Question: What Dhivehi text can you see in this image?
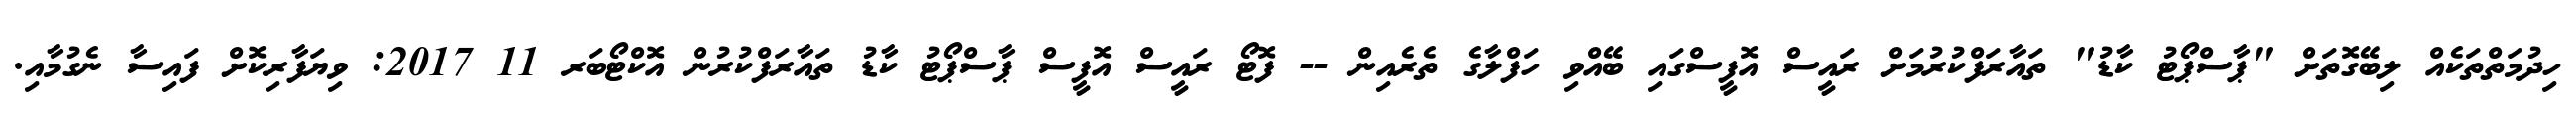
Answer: ހިދުމަތްތަކެއް ލިބޭގޮތަށް "ޕާސްޕޯޓު ކާޑު" ތައާރަފްކުރުމަށް ރައީސް އޮފީސްގައި ބޭއްވި ހަފްލާގެ ތެރެއިން -- ފޮޓޯ ރައީސް އޮފީސް ޕާސްޕޯޓު ކާޑު ތައާރަފްކުރުން އޮކްޓޯބަރ 11 2017: ވިޔަފާރިކޮށް ފައިސާ ނެގުމާއި.